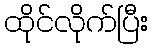
ထိုင်လိုက်ပြီး